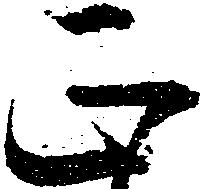
正